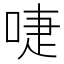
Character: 啑